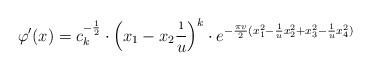
LaTeX: \begin{align*} \varphi'(x) = c_k^{-\frac{1}{2}} \cdot \left( x_1 - x_2 \frac{\i}{u} \right)^k \cdot e^{- \frac{\pi v}{2} ( x_1^2 - \frac{1}{u}x_2^2 + x_3^2 - \frac{1}{u}x_4^2 )}\end{align*}